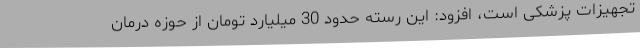
تجهیزات پزشکی است، افزود: این رسته حدود 30 میلیارد تومان از حوزه درمان